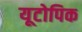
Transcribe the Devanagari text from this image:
यूटोपिक